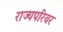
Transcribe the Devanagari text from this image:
राज्यपरिवर